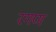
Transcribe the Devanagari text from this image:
रगण